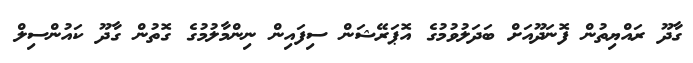
ގާދޫ ރައްޔިތުން ފޮނަދޫއަށް ބަދަލުވުމުގެ އޮޕަރޭޝަން ސިފައިން ނިންމާލުމުގެ ގޮތުން ގާދޫ ކައުންސިލް